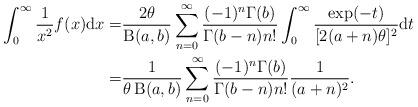
LaTeX: \begin{align*}\int^{\infty}_{0}\frac{1}{x^2} f(x)\mathrm{d}x=&\frac{2\theta}{\operatorname{B}(a,b)}\sum_{n=0}^{\infty}\frac{(-1)^n\Gamma(b)}{\Gamma(b-n)n!}\int^{\infty}_{0}\frac{\exp(-t)}{[2(a+n)\theta]^2}\mathrm{d}t\\=&\frac{1}{\theta\operatorname{B}(a,b)}\sum_{n=0}^{\infty}\frac{(-1)^n\Gamma(b)}{\Gamma(b-n)n!}\frac{1}{(a+n)^2}.\end{align*}